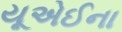
યૂએઈના